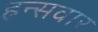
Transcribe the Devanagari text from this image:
हन्सवार